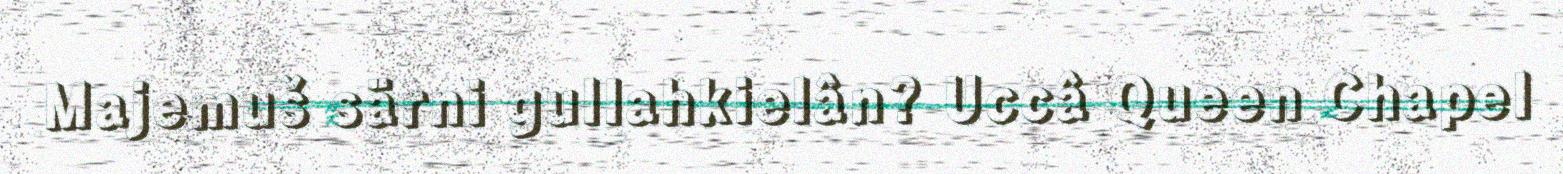
Majemuš särni gullahkielân? Uccâ Queen Chapel